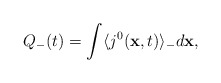
\begin{align*}Q_{-}(t)= \int \langle j^{0}({\bf x},t)\rangle _{-}d{\bf x}, \end{align*}